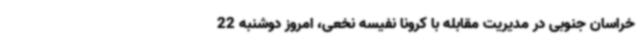
خراسان جنوبی در مدیریت مقابله با کرونا نفیسه نخعی، امروز دوشنبه 22